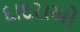
દાદરાઓ